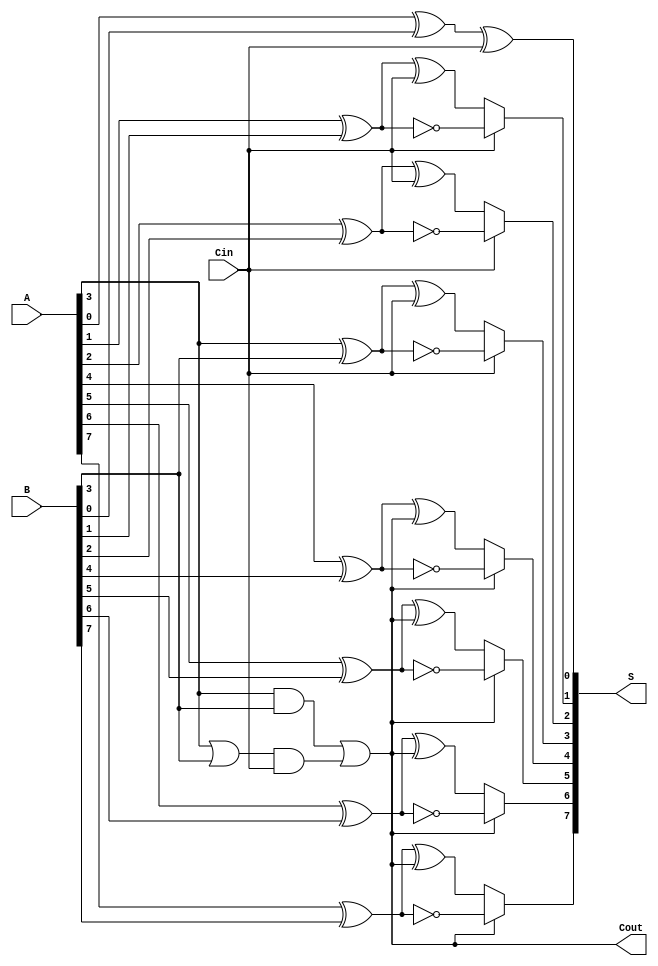
module CSPA #(parameter N = 8, parameter SEGMENT_SIZE = 4) (
    input [N-1:0] A,
    input [N-1:0] B,
    input Cin,
    output [N-1:0] S,
    output Cout
);

    // Generate and Propagate signals
    wire [N-1:0] G, P;
    wire [N/SEGMENT_SIZE:0] C; // Carry signals for each segment

    // Generate and Propagate calculations
    genvar i;
    generate
        for (i = 0; i < N; i = i + 1) begin : generate_propagate
            assign G[i] = A[i] & B[i]; // Generate
            assign P[i] = A[i] | B[i]; // Propagate
        end
    endgenerate

    // Carry Generation for each segment
    generate
        for (i = 0; i < N/SEGMENT_SIZE; i = i + 1) begin : carry_generation
            if (i == 0) begin
                assign C[i] = Cin; // First segment carry-in is Cin
            end else begin
                assign C[i] = G[(i * SEGMENT_SIZE) - 1] | (P[(i * SEGMENT_SIZE) - 1] & C[i-1]);
            end
        end
    endgenerate

    // Sum calculation for each bit
    generate
        for (i = 0; i < N; i = i + 1) begin : sum_calculation
            wire sum_with_cin0, sum_with_cin1;

            // Sum assuming carry-in is 0
            assign sum_with_cin0 = A[i] ^ B[i] ^ (i < SEGMENT_SIZE ? Cin : C[i/SEGMENT_SIZE]);
            // Sum assuming carry-in is 1
            assign sum_with_cin1 = A[i] ^ B[i] ^ (1'b1);

            // Select the correct sum based on the carry-out from the previous segment
            if (i == 0) begin
                assign S[i] = sum_with_cin0; // For the first bit, use Cin directly
            end else begin
                assign S[i] = (C[i/SEGMENT_SIZE] == 1'b0) ? sum_with_cin0 : sum_with_cin1;
            end
        end
    endgenerate

    // Carry-out calculation
    assign Cout = C[N/SEGMENT_SIZE - 1];

endmodule